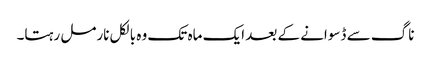
ناگ سے ڈسوانے کے بعد ایک ماہ تک وہ بالکل نارمل رہتا۔